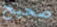
صحيح